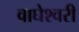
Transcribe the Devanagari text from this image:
वाघेश्वरी